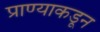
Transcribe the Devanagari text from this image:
प्राण्याकडून